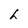
Character: h